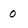
Character: 0